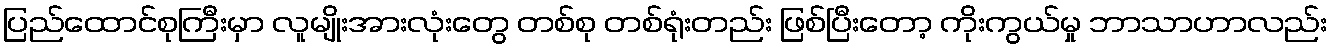
ပြည်ထောင်စုကြီးမှာ လူမျိုးအားလုံးတွေ တစ်စု တစ်ရုံးတည်း ဖြစ်ပြီးတော့ ကိုးကွယ်မှု ဘာသာဟာလည်း